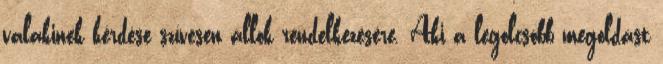
valakinek kérdése szívesen állok rendelkezésére. Aki a legolcsóbb megoldást